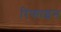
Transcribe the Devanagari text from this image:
रिफाइन